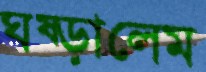
ঘষ্‌ড়ালেম